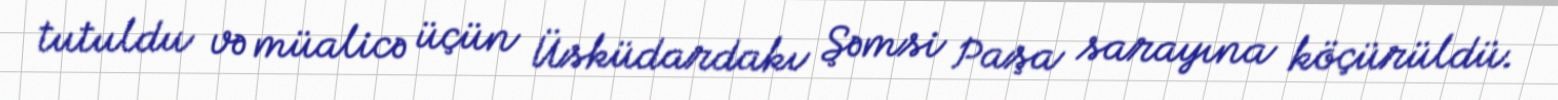
tutuldu və müalicə üçün Üsküdardakı Şəmsi Paşa sarayına köçürüldü.